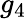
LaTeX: g_{4}